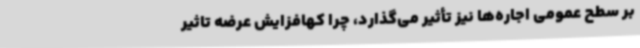
بر سطح عمومی اجاره‌ها نیز تأثیر می‌گذارد، چرا کهافزایش عرضه تاثیر